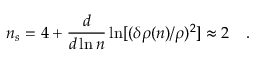
n _ { s } = 4 + \frac { d } { d \ln n } \ln [ ( \delta \rho ( n ) / \rho ) ^ { 2 } ] \approx 2 \quad .